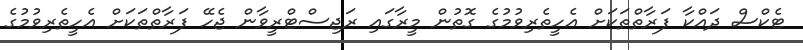
ޓެެކްސް ދައްކާ ފަރާތްތަކަށް އެހީތެރިވުމުގެ ގޮތުން މީރާގައި ރަޖިސްޓްރީވާން ޖެހޭ ފަރާތްތަކަށް އެހީީތެރިވުމުގެ